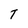
Character: T